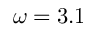
\omega = 3 . 1